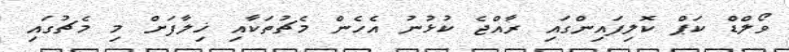
ވޯލްޑް ކަޕް ކޮލިފައިންގައި ރާއްޖެ ކުޅުނު އެހެން މެޗުތަކާއި ޚިލާފަށް މި މެޗުގައި